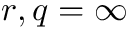
r , q = \infty